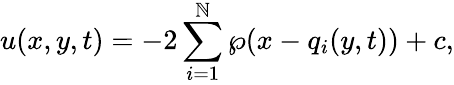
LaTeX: u(x,y,t)=-2\sum_{i=1}^{\mathbb{N}}\wp(x-q_{i}(y,t))+c,